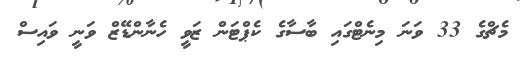
މެޗްގެ 33 ވަނަ މިނެޓްގައި ބާސާގެ ކެޕްޓަން ޒަވީ ހެނާންޑޭޒް ވަނީ ވައިސް